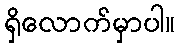
ရှိလောက်မှာပါ။